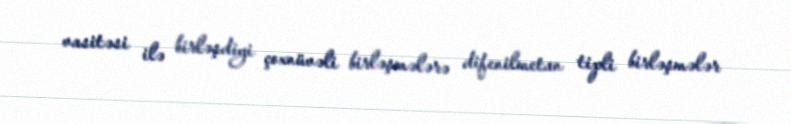
vasitəsi ilə birləşdiyi çoxnüvəli birləşmələrə difenilmetan tipli birləşmələr